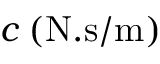
c \: ( \mathrm { N . s / m } )